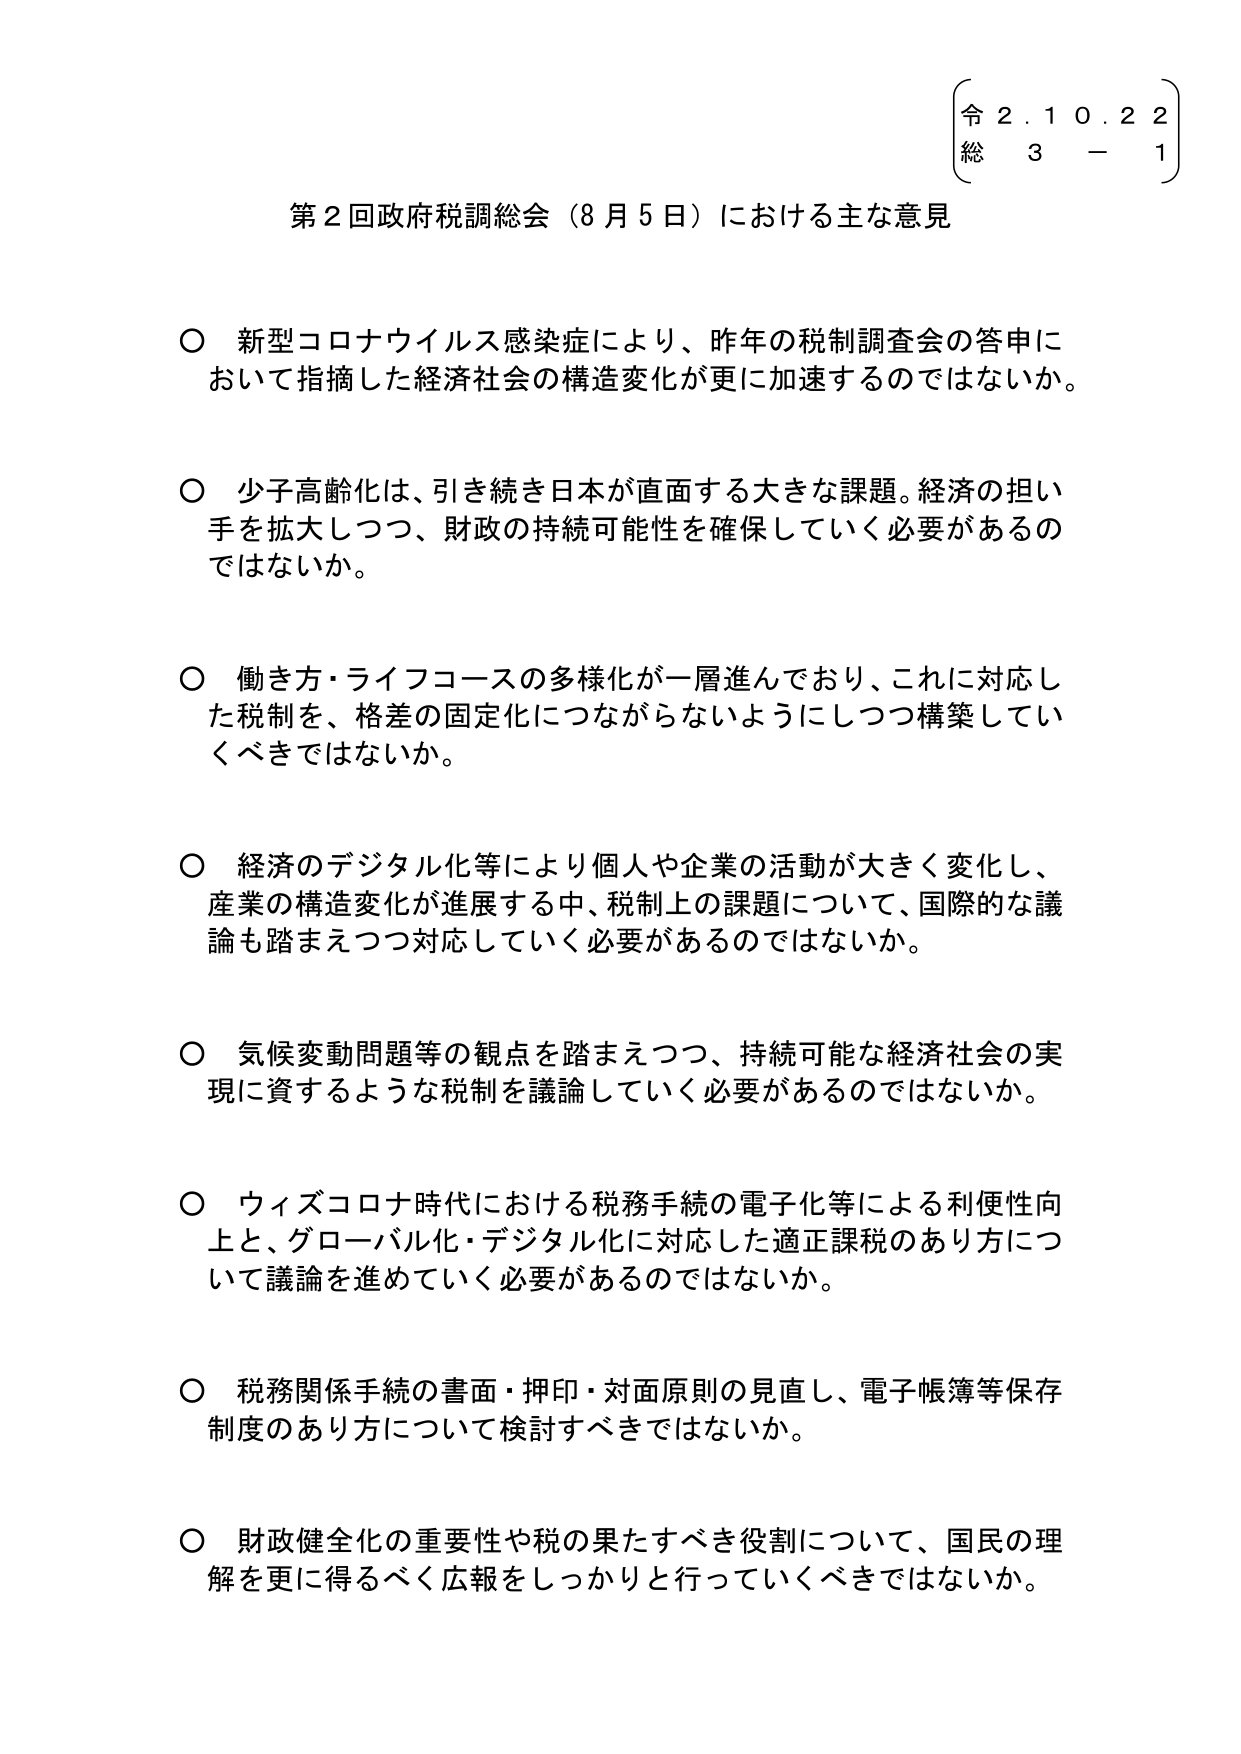
令２.１０.２２
総 ３－１

第２回政府税調総会（８月５日）における主な意見

○ 新型コロナウイルス感染症により、昨年の税制調査会の答申において指摘した経済社会の構造変化が更に加速するのではないか。

○ 少子高齢化は、引き続き日本が直面する大きな課題。経済の担い手を拡大しつつ、財政の持続可能性を確保していく必要があるのではないか。

○ 働き方・ライフコースの多様化が一層進んでおり、これに対応した税制を、格差の固定化につながらないようにしつつ構築していくべきではないか。

○ 経済のデジタル化等により個人や企業の活動が大きく変化し、産業の構造変化が進展する中、税制上の課題について、国際的な議論も踏まえつつ対応していく必要があるのではないか。

○ 気候変動問題等の観点を踏まえつつ、持続可能な経済社会の実現に資するような税制を議論していく必要があるのではないか。

○ ウィズコロナ時代における税務手続の電子化等による利便性向上と、グローバル化・デジタル化に対応した適正課税のあり方について議論を進めていく必要があるのではないか。

○ 税務関係手続の書面・押印・対面原則の見直し、電子帳簿等保存制度のあり方について検討すべきではないか。

○ 財政健全化の重要性や税の果たすべき役割について、国民の理解を更に得るべく広報をしっかり行っていくべきではないか。